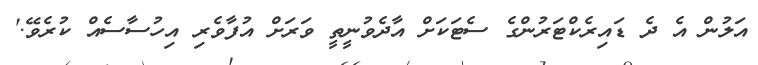
އަލުން އެ ދެ ޑައިރެކްޓަރުންގެ ސެޓަކަށް އާދެވުނީތީ ވަރަށް އުފާވެރި އިހުސާސެއް ކުރެވޭ.'